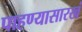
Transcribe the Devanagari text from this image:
पाहण्यासारखं